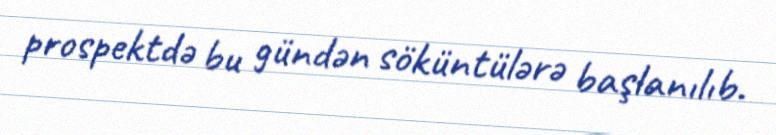
prospektdə bu gündən söküntülərə başlanılıb.